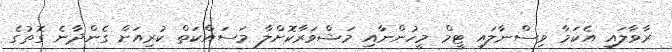
ރާވާލައި އެކަމާ ވިސްނާލައި ޓީމް މީހުންނާއި މަޝްވަރާކޮށްލާ މަސައްކަތް ކުރިއަށް ގެންދާނެ ގޮތުގެ